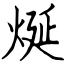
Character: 烻